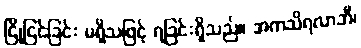
ငြိုငြင်ခြင်း မရှိသဖြင့် ရခြင်းရှိသည်။ အကသိရလာဘီ၊